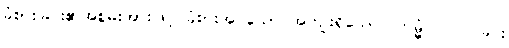
ခံစားခြင်း၏အစွမ်းအားဖြင့် ခံစားအပ်သော အကျိုးရှိသော။ ကမ္မံ၊ ပြုပြင်ခြင်း